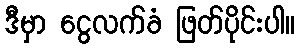
ဒီမှာ ငွေလက်ခံ ဖြတ်ပိုင်းပါ။